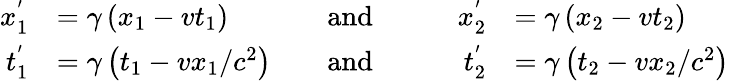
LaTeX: {\begin{array}{rlrlrl}{x_{1}^{'}}&{=\gamma\left(x_{1}-vt_{1}\right)}&{\quad\mathrm{and}\quad}&{}&{x_{2}^{'}}&{=\gamma\left(x_{2}-vt_{2}\right)}\\ {t_{1}^{'}}&{=\gamma\left(t_{1}-vx_{1}/c^{2}\right)}&{\quad\mathrm{and}\quad}&{}&{t_{2}^{'}}&{=\gamma\left(t_{2}-vx_{2}/c^{2}\right)}\end{array}}